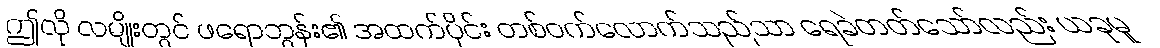
ဤလို လမျိုးတွင် ဖရောဘွန်း၏ အထက်ပိုင်း တစ်ဝက်လောက်သည်သာ ရေခဲတတ်သော်လည်း ယခုမူ